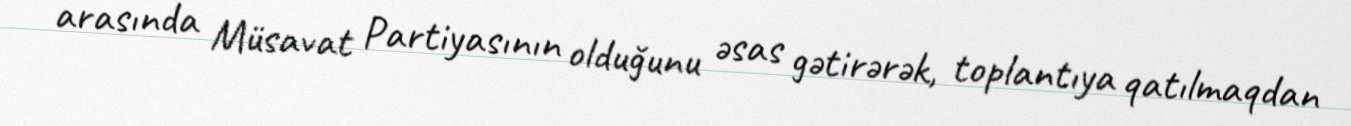
arasında Müsavat Partiyasının olduğunu əsas gətirərək, toplantıya qatılmaqdan